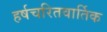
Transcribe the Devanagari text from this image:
हर्षचरितवार्तिक